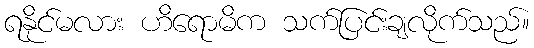
ရနိုင်မလား ဟိရောမိက သက်ပြင်းချလိုက်သည်။